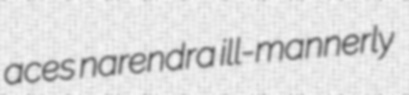
aces narendra ill-mannerly